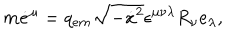
m \dot { e } ^ { \mu } = q _ { e m } \sqrt { - \dot { x } { } ^ { 2 } } \epsilon ^ { \mu \nu \lambda } R _ { \nu } e _ { \lambda } ,